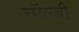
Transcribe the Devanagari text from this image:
चॉल्बी